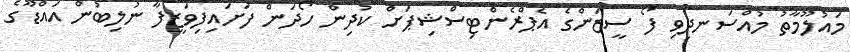
މައުލޫމާތު މުއްސަނދިވި ފޯ ސީޒަންގެ އެޕްރެންޓިސްޝިޕަށް ކުދިން ހޯދަން ފަށައިފިވަޒީފާ ނުލިބުން އައްޑޫގެ